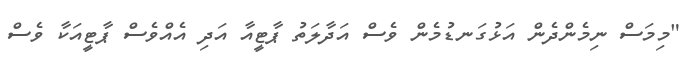
"މިމަސް ނިމެންދެން އަޅުގަނޑުމެން ވެސް އަދާލަތު ޕާޓީއާ އަދި އެއްވެސް ޕާޓީއަކާ ވެސް